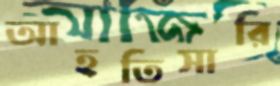
আহতিসারি